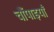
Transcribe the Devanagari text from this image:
चौंपाइयाँ